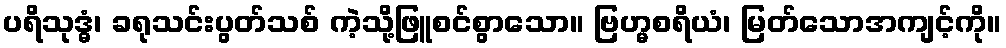
ပရိသုဒ္ဓံ၊ ခရုသင်းပွတ်သစ် ကဲ့သို့ဖြူစင်စွာသော။ ဗြဟ္မစရိယံ၊ မြတ်သောအကျင့်ကို။